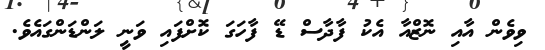
ވިވެން އާއި ނޮޒްއާ އެކު ފާދާސް ޑޭ ފާހަގަ ކޮށްފައި ވަނީ ލަންޑަންގައެވެ.